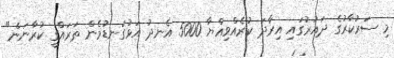
މި ސަރުކާރުގެ ދައުރުގައި އިރާދަ ކުރެއްވިއްޔާ 5000 އެނދު އަޅުގަނޑުމެން ތަރައްގީ ކުރާނަން"